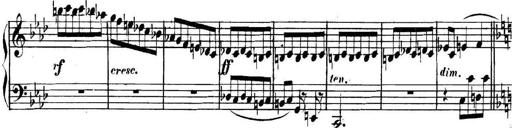
Title: Collected Piano Sonatas
Composer: Muzio Clementi